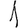
Digit: 1